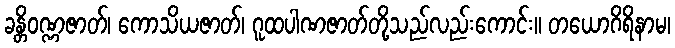
ခန္တိဝဏ္ဏဇာတ်၊ ကောသိယဇာတ်၊ ဂူထပါဏဇာတ်တို့သည်လည်းကောင်း။ တယောဂိရိနာမ၊